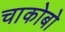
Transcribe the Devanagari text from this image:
चाकोबो